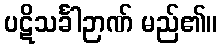
ပဋိသင်္ခါဉာဏ် မည်၏။